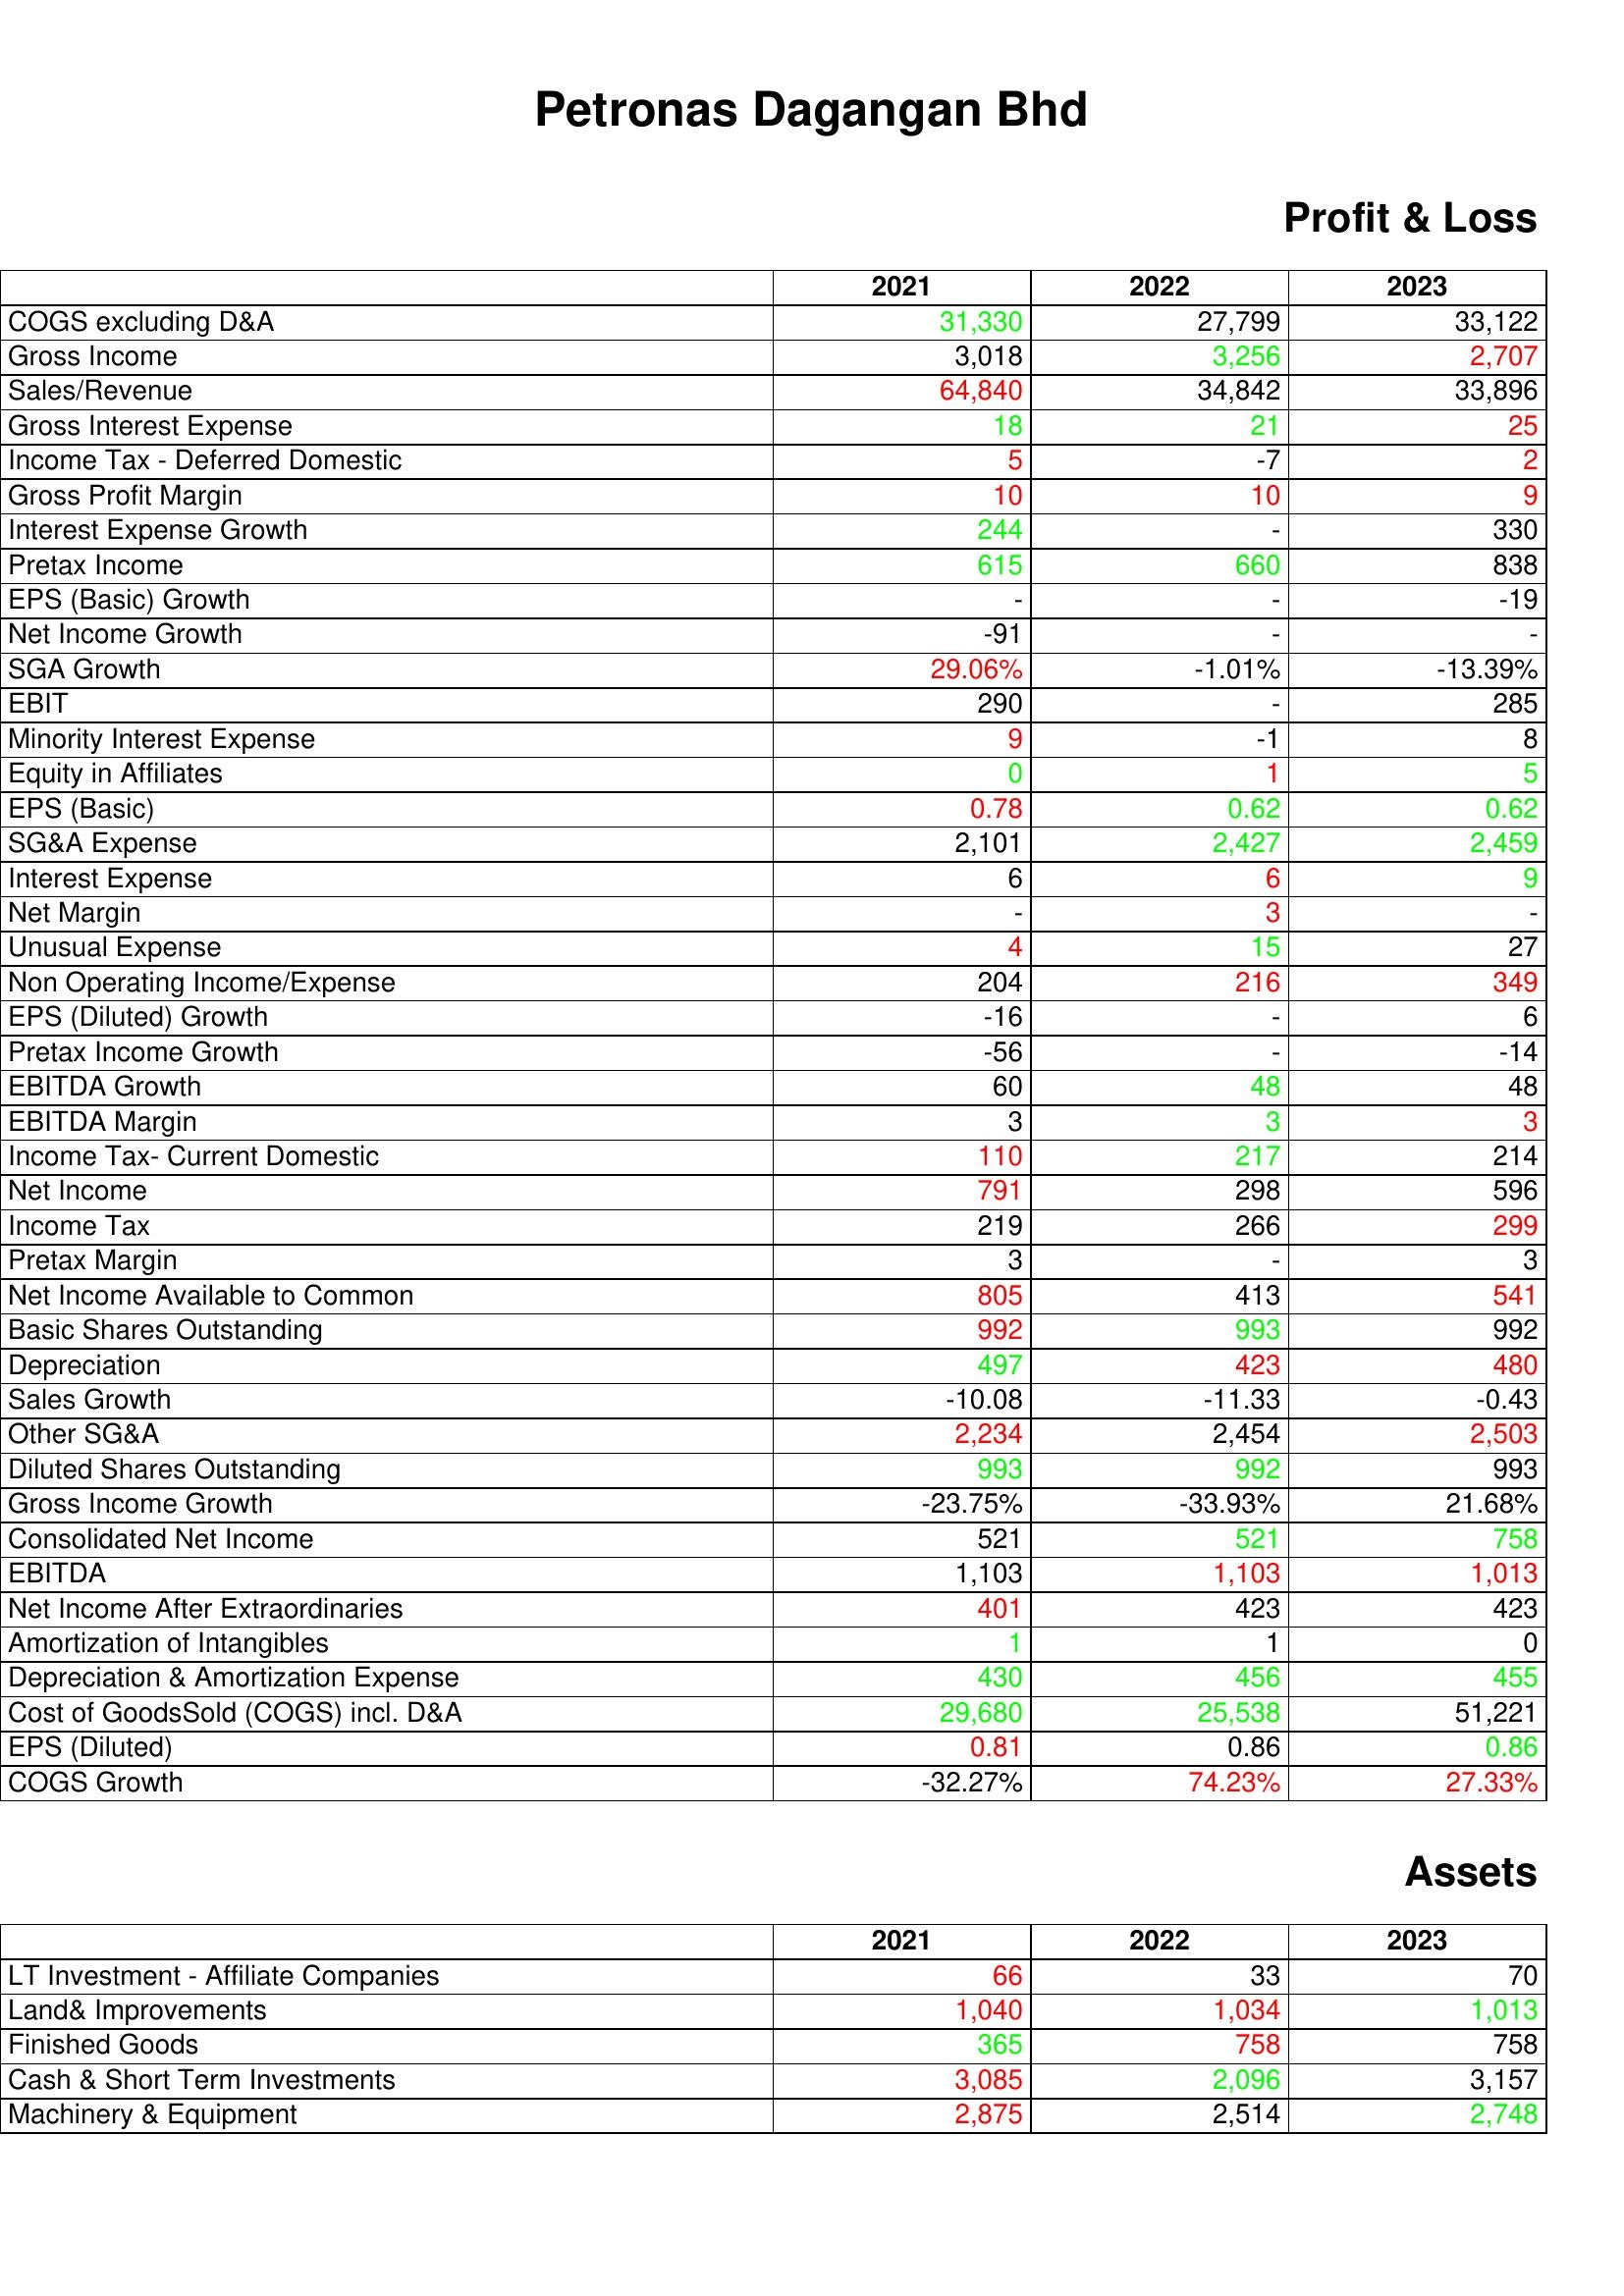
gt_parse: 2021: Profit & Loss: COGS excluding D&A: 31,330
Gross Income: 3,018
Sales/Revenue: 64,840
Gross Interest Expense: 18
Income Tax - Deferred Domestic: 5
Gross Profit Margin: 10
Interest Expense Growth: 244
Pretax Income: 615
EPS (Basic) Growth: -
Net Income Growth: -91
SGA Growth: 29.06%
EBIT: 290
Minority Interest Expense: 9
Equity in Affiliates: 0
EPS (Basic): 0.78
SG&A Expense: 2,101
Interest Expense: 6
Net Margin: -
Unusual Expense: 4
Non Operating Income/Expense: 204
EPS (Diluted) Growth: -16
Pretax Income Growth: -56
EBITDA Growth: 60
EBITDA Margin: 3
Income Tax- Current Domestic: 110
Net Income: 791
Income Tax: 219
Pretax Margin: 3
Net Income Available to Common: 805
Basic Shares Outstanding: 992
Depreciation: 497
Sales Growth: -10.08
Other SG&A: 2,234
Diluted Shares Outstanding: 993
Gross Income Growth: -23.75%
Consolidated Net Income: 521
EBITDA: 1,103
Net Income After Extraordinaries: 401
Amortization of Intangibles: 1
Depreciation & Amortization Expense: 430
Cost of GoodsSold (COGS) incl. D&A: 29,680
EPS (Diluted): 0.81
COGS Growth: -32.27%
Assets: LT Investment - Affiliate Companies: 66
Land& Improvements: 1,040
Finished Goods: 365
Cash & Short Term Investments: 3,085
Machinery & Equipment: 2,875
2022: Profit & Loss: COGS excluding D&A: 27,799
Gross Income: 3,256
Sales/Revenue: 34,842
Gross Interest Expense: 21
Income Tax - Deferred Domestic: -7
Gross Profit Margin: 10
Interest Expense Growth: -
Pretax Income: 660
EPS (Basic) Growth: -
Net Income Growth: -
SGA Growth: -1.01%
EBIT: -
Minority Interest Expense: -1
Equity in Affiliates: 1
EPS (Basic): 0.62
SG&A Expense: 2,427
Interest Expense: 6
Net Margin: 3
Unusual Expense: 15
Non Operating Income/Expense: 216
EPS (Diluted) Growth: -
Pretax Income Growth: -
EBITDA Growth: 48
EBITDA Margin: 3
Income Tax- Current Domestic: 217
Net Income: 298
Income Tax: 266
Pretax Margin: -
Net Income Available to Common: 413
Basic Shares Outstanding: 993
Depreciation: 423
Sales Growth: -11.33
Other SG&A: 2,454
Diluted Shares Outstanding: 992
Gross Income Growth: -33.93%
Consolidated Net Income: 521
EBITDA: 1,103
Net Income After Extraordinaries: 423
Amortization of Intangibles: 1
Depreciation & Amortization Expense: 456
Cost of GoodsSold (COGS) incl. D&A: 25,538
EPS (Diluted): 0.86
COGS Growth: 74.23%
Assets: LT Investment - Affiliate Companies: 33
Land& Improvements: 1,034
Finished Goods: 758
Cash & Short Term Investments: 2,096
Machinery & Equipment: 2,514
2023: Profit & Loss: COGS excluding D&A: 33,122
Gross Income: 2,707
Sales/Revenue: 33,896
Gross Interest Expense: 25
Income Tax - Deferred Domestic: 2
Gross Profit Margin: 9
Interest Expense Growth: 330
Pretax Income: 838
EPS (Basic) Growth: -19
Net Income Growth: -
SGA Growth: -13.39%
EBIT: 285
Minority Interest Expense: 8
Equity in Affiliates: 5
EPS (Basic): 0.62
SG&A Expense: 2,459
Interest Expense: 9
Net Margin: -
Unusual Expense: 27
Non Operating Income/Expense: 349
EPS (Diluted) Growth: 6
Pretax Income Growth: -14
EBITDA Growth: 48
EBITDA Margin: 3
Income Tax- Current Domestic: 214
Net Income: 596
Income Tax: 299
Pretax Margin: 3
Net Income Available to Common: 541
Basic Shares Outstanding: 992
Depreciation: 480
Sales Growth: -0.43
Other SG&A: 2,503
Diluted Shares Outstanding: 993
Gross Income Growth: 21.68%
Consolidated Net Income: 758
EBITDA: 1,013
Net Income After Extraordinaries: 423
Amortization of Intangibles: 0
Depreciation & Amortization Expense: 455
Cost of GoodsSold (COGS) incl. D&A: 51,221
EPS (Diluted): 0.86
COGS Growth: 27.33%
Assets: LT Investment - Affiliate Companies: 70
Land& Improvements: 1,013
Finished Goods: 758
Cash & Short Term Investments: 3,157
Machinery & Equipment: 2,748